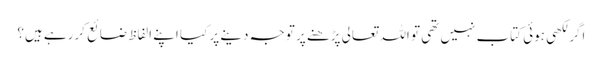
اگر لکھی ہوئی کتاب نہیں تھی تو اللہ تعالی پڑھنے پر توجہ دینے پر کیا اپنے الفاظ ضائع کررہے ہیں؟